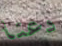
دعنا